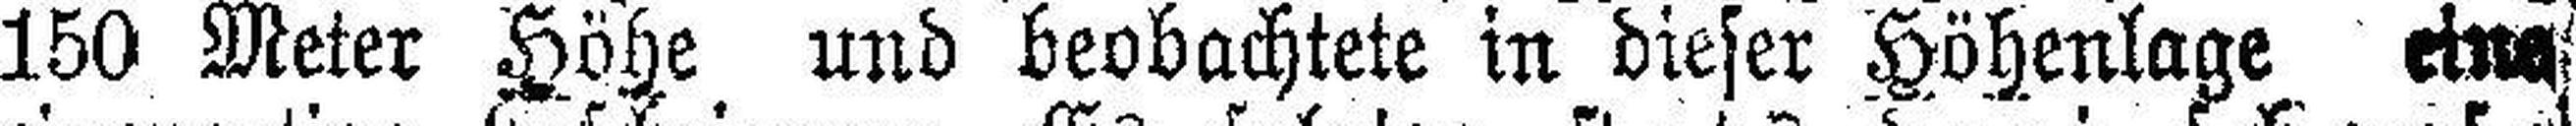
150 Meter Höhe und beobachtete in dieser Höhenlage eine